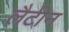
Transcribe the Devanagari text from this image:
लैटीन